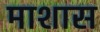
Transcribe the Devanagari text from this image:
माशास